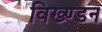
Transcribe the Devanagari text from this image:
विख्ण्डन